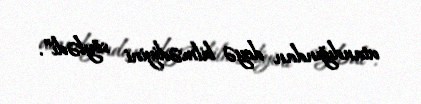
utandığından deyə bilmədiyini söylədi”.